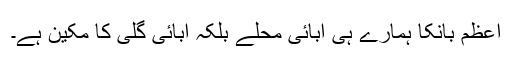
اعظم بانکا ہمارے ہی آبائی محلے بلکہ آبائی گلی کا مکین ہے۔